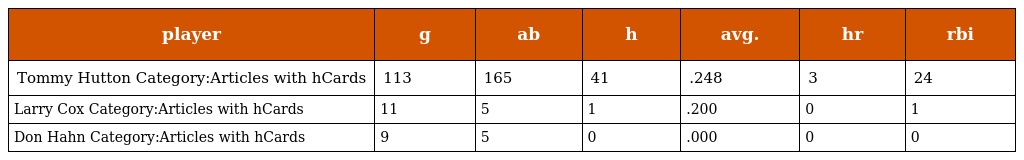
| player | g | ab | h | avg. | hr | rbi |
 | --- | --- | --- | --- | --- | --- | --- |
 | Tommy Hutton Category:Articles with hCards | 113 | 165 | 41 | .248 | 3 | 24 |
 | Larry Cox Category:Articles with hCards | 11 | 5 | 1 | .200 | 0 | 1 |
 | Don Hahn Category:Articles with hCards | 9 | 5 | 0 | .000 | 0 | 0 |